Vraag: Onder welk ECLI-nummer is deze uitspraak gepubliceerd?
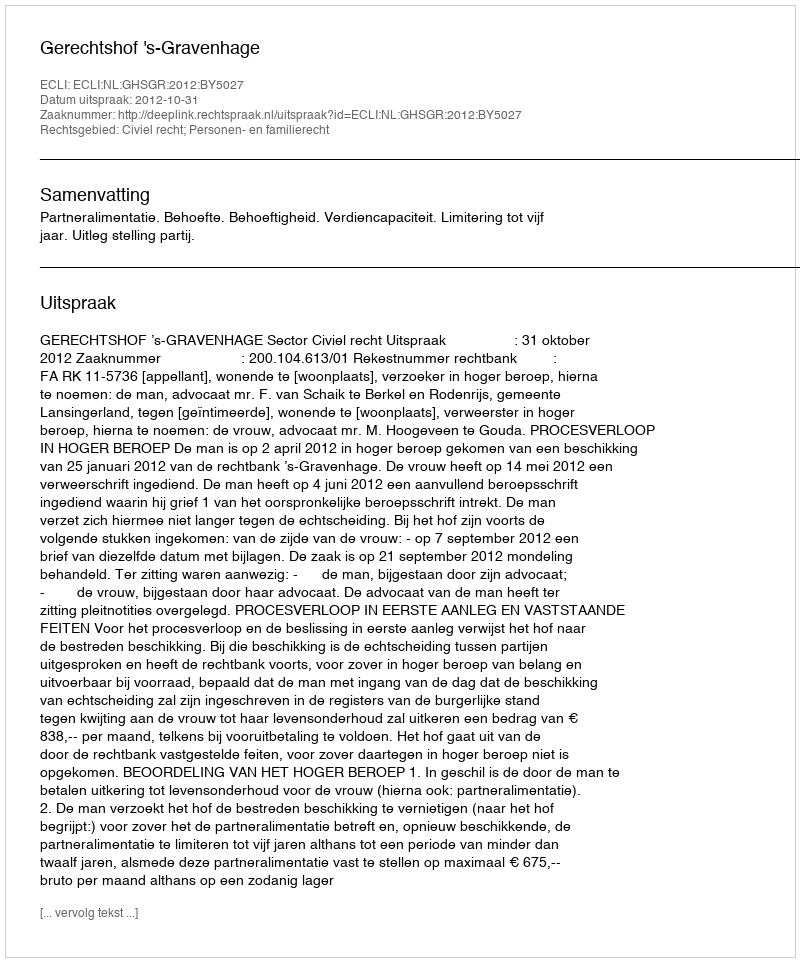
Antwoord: ECLI:NL:GHSGR:2012:BY5027